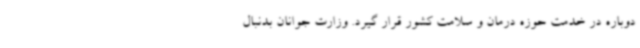
دوباره در خدمت حوزه درمان و سلامت کشور قرار گیرد. وزارت جوانان بدنبال